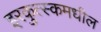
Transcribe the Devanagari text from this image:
इरकुत्स्कमधील